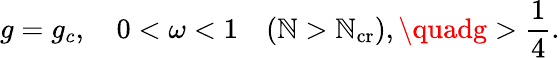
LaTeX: g=g_{c},\quad0<\omega<1\quad(\mathbb{N}>\mathbb{N}_{\mathrm{{cr}}}),\quadg>\frac{{1}}{{4}}.